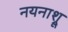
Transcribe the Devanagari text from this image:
नयनाश्रू